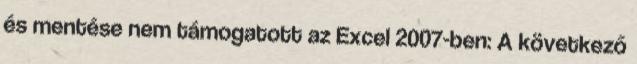
és mentése nem támogatott az Excel 2007-ben: A következő